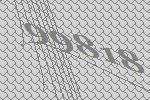
99818